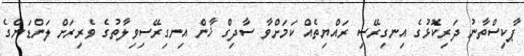
ޕާކިސްތާނު ދަރިކޮޅުގެ އިނގިރޭސި ރައްޔިތެއް ކަމަށްވާ ސާދިގް ޚާން އިނގިރޭސިވިލާތުގެ ވެރިރަށް ލަންޑަންގެ